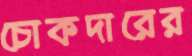
চোকদারের